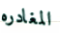
المغادره